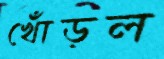
খোঁড়ল